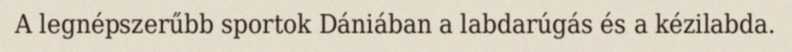
A legnépszerűbb sportok Dániában a labdarúgás és a kézilabda.